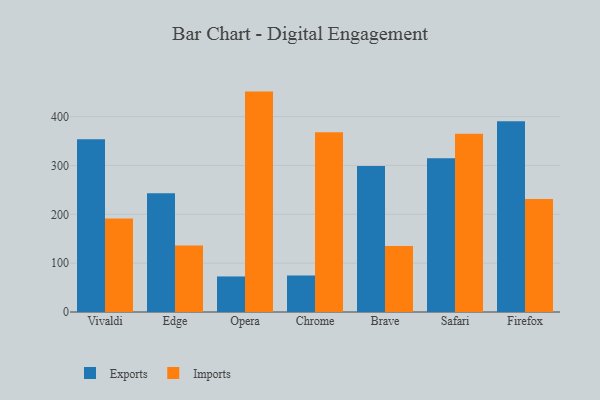
{"axis": {"x": "Browser", "y": "Temperature (°C)"}, "legend": ["Exports", "Imports"], "data": [{"x": "Vivaldi", "y": 353.8, "type": "Exports"}, {"x": "Vivaldi", "y": 191.6, "type": "Imports"}, {"x": "Edge", "y": 243.1, "type": "Exports"}, {"x": "Edge", "y": 136.1, "type": "Imports"}, {"x": "Opera", "y": 72.8, "type": "Exports"}, {"x": "Opera", "y": 451.2, "type": "Imports"}, {"x": "Chrome", "y": 74.6, "type": "Exports"}, {"x": "Chrome", "y": 368.1, "type": "Imports"}, {"x": "Brave", "y": 299.0, "type": "Exports"}, {"x": "Brave", "y": 134.9, "type": "Imports"}, {"x": "Safari", "y": 315.0, "type": "Exports"}, {"x": "Safari", "y": 364.9, "type": "Imports"}, {"x": "Firefox", "y": 390.7, "type": "Exports"}, {"x": "Firefox", "y": 231.3, "type": "Imports"}]}